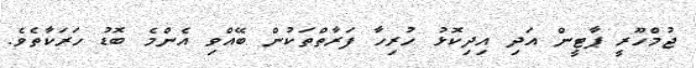
ޖުމްހޫރީ ޕާޓީން އަދި އިދިކޮޅު ހުރިހާ ފަރާތްތަކުން ބޭއްވި އެންމެ ބޮޑު ހަރަކާތެވެ.